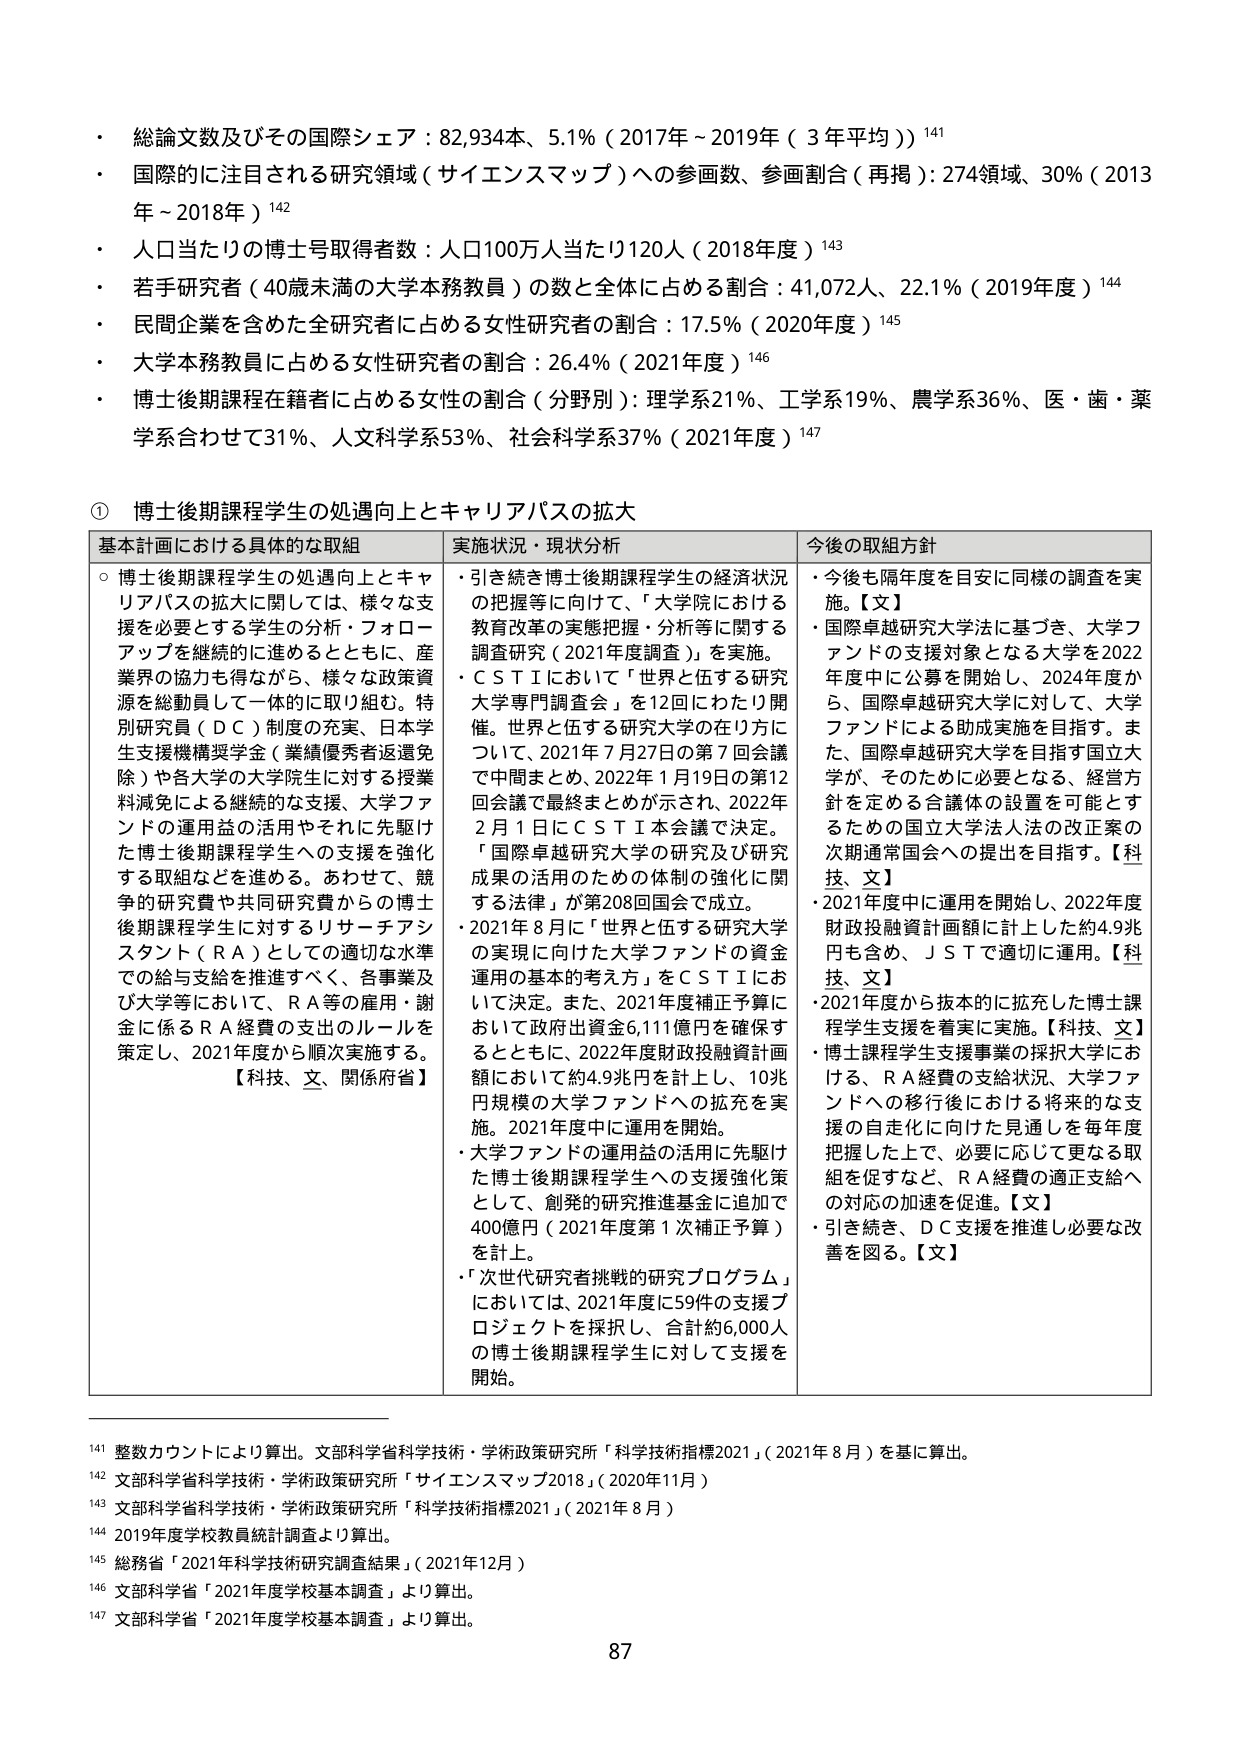
・ 総論文数及びその国際シェア：82,934本、5.1%（2017年～2019年（3年平均））¹⁴¹
・ 国際的に注目される研究領域（サイエンスマップ）への参画数、参画割合（再掲）：274領域、30%（2013年～2018年）¹⁴²
・ 人口当たりの博士号取得者数：人口100万人当たり120人（2018年度）¹⁴³
・ 若手研究者（40歳未満の大学本務教員）の数と全体に占める割合：41,072人、22.1%（2019年度）¹⁴⁴
・ 民間企業を含めた全研究者に占める女性研究者の割合：17.5%（2020年度）¹⁴⁵
・ 大学本務教員に占める女性研究者の割合：26.4%（2021年度）¹⁴⁶
・ 博士後期課程在籍者に占める女性の割合（分野別）：理学系21%、工学系19%、農学系36%、医・歯・薬学系合わせて31%、人文科学系53%、社会科学系37%（2021年度）¹⁴⁷

① 博士後期課程学生の処遇向上とキャリアパスの拡大

基本計画における具体的な取組
○ 博士後期課程学生の処遇向上とキャリアパスの拡大に関しては、様々な支援を必要とする学生の分析・フォローアップを継続的に進めるとともに、産業界の協力も得ながら、様々な政策資源を総動員して一体的に取り組む。特別研究員（ＤＣ）制度の充実、日本学生支援機構奨学金（業績優秀者返還免除）や各大学の大学院生に対する授業料減免による継続的な支援、大学ファンドの運用益の活用やそれに先駆けた博士後期課程学生への支援を強化する取組などを進める。あわせて、競争的研究費や共同研究費からの博士後期課程学生に対するリサーチアシスタント（ＲＡ）としての適切な水準での給与支給を推進すべく、各事業及び大学等において、ＲＡ等の雇用・謝金に係るＲＡ経費の支出のルールを策定し、2021年度から順次実施する。
【科技、文、関係府省】

実施状況・現状分析
・ 引き続き博士後期課程学生の経済状況の把握等に向けて、「大学院における教育改革の実態把握・分析等に関する調査研究（2021年度調査）」を実施。
・ ＣＳＴＩにおいて「世界と伍する研究大学専門調査会」を12回にわたり開催。世界と伍する研究大学の在り方について、2021年7月27日の第7回会議で中間まとめ、2022年1月19日の第12回会議で最終まとめが示され、2022年2月1日にＣＳＴＩ本会議で決定。「国際卓越研究大学の研究及び研究成果の活用のための体制の強化に関する法律」が第208回国会で成立。
・ 2021年8月に「世界と伍する研究大学の実現に向けた大学ファンドの資金運用の基本的考え方」をＣＳＴＩにおいて決定。また、2021年度補正予算において政府出資金6,111億円を確保するとともに、2022年度財政投融資計画額において約4.9兆円を計上し、10兆円規模の大学ファンドへの拡充を実施。2021年度中に運用を開始。
・ 大学ファンドの運用益の活用に先駆けた博士後期課程学生への支援強化策として、創発的研究推進基金に追加で400億円（2021年度第1次補正予算）を計上。
・ 「次世代研究者挑戦的研究プログラム」においては、2021年度に59件の支援プロジェクトを採択し、合計約6,000人の博士後期課程学生に対して支援を開始。

今後の取組方針
・ 今後も隔年度を目安に同様の調査を実施。【文】
・ 国際卓越研究大学法に基づき、大学ファンドの支援対象となる大学を2022年度中に公募を開始し、2024年度から、国際卓越研究大学に対して、大学ファンドによる助成実施を目指す。また、国際卓越研究大学を目指す国立大学が、そのために必要となる、経営方針を定める合議体の設置を可能とするための国立大学法人法の改正案の次期通常国会への提出を目指す。【科技、文】
・ 2021年度中に運用を開始し、2022年度財政投融資計画額に計上した約4.9兆円も含め、ＪＳＴで適切に運用。【科技、文】
・ 2021年度から抜本的に拡充した博士課程学生支援を着実に実施。【科技、文】
・ 博士課程学生支援事業の採択大学における、ＲＡ経費の支給状況、大学ファンドへの移行後における将来的な支援の自走化に向けた見通しを毎年度把握した上で、必要に応じて更なる取組を促すなど、ＲＡ経費の適正支給への対応の加速を促進。【文】
・ 引き続き、ＤＣ支援を推進し必要な改善を図る。【文】

¹⁴¹ 整数カウントにより算出。文部科学省科学技術・学術政策研究所「科学技術指標2021」（2021年8月）を基に算出。
¹⁴² 文部科学省科学技術・学術政策研究所「サイエンスマップ2018」（2020年11月）
¹⁴³ 文部科学省科学技術・学術政策研究所「科学技術指標2021」（2021年8月）
¹⁴⁴ 2019年度学校教員統計調査より算出。
¹⁴⁵ 総務省「2021年科学技術研究調査結果」（2021年12月）
¹⁴⁶ 文部科学省「2021年度学校基本調査」より算出。
¹⁴⁷ 文部科学省「2021年度学校基本調査」より算出。

87